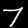
Label: 7